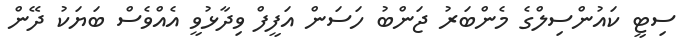
ސިޓީ ކައުންސިލްގެ މެންބަރު ޖަންބު ހަސަން އަފީފް ވިދާޅުވީ އެއްވެސް ބަޔަކު ދޭން